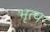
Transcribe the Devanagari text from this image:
भृत्‍य